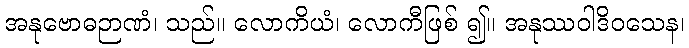
အနုဗောဓဉာဏံ၊ သည်။ လောကိယံ၊ လောကီဖြစ် ၍။ အနုဿဝါဒိဝသေန၊